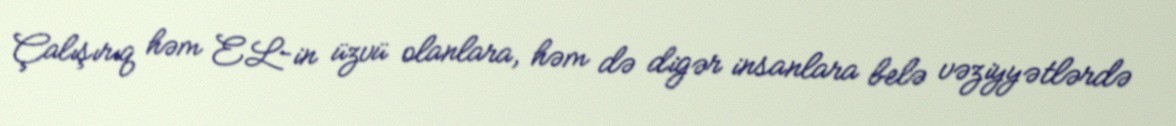
Çalışırıq həm EL-in üzvü olanlara, həm də digər insanlara belə vəziyyətlərdə